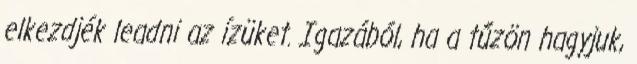
elkezdjék leadni az ízüket. Igazából, ha a tűzön hagyjuk,